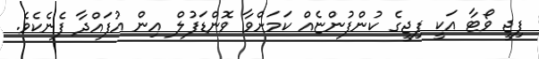
ފިޖީ ވޯޓާ އަކީ ފިޖީގެ ކުންފުންޏެއް ކަމަށްވާ ވޮންޑަފުލް އިން އުފައްދާ ފެނެކެވެ.